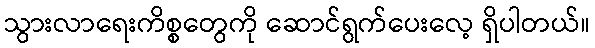
သွားလာရေးကိစ္စတွေကို ဆောင်ရွက်ပေးလေ့ ရှိပါတယ်။